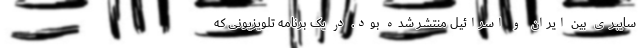
سایبری بین ایران و اسرائیل منتشر شده بود. در یک برنامه تلویزیونی که